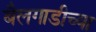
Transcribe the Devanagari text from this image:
बैलगाडीच्या